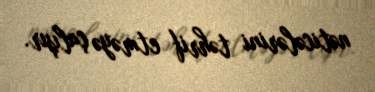
nəticələrini təhrif etməyə çalışır.